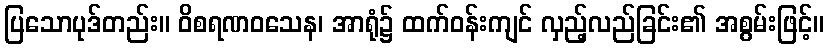
ပြသောပုဒ်တည်း။ ဝိစရဏဝသေန၊ အာရုံ၌ ထက်ဝန်းကျင် လှည့်လည်ခြင်း၏ အစွမ်းဖြင့်။